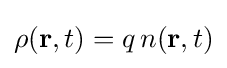
\rho (\mathbf {r} ,t)=q\,n(\mathbf {r} ,t)